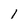
Character: l